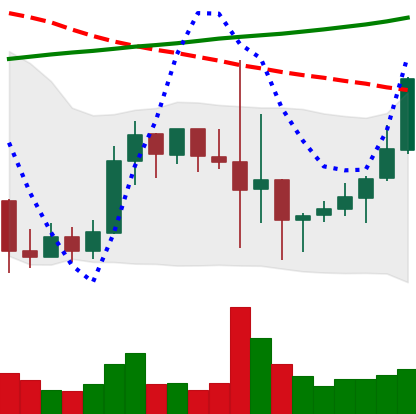
Ticker: LINK-USD
Chart end date: 2019-10-02
Forward return: 19.101%
Label: up_7plus